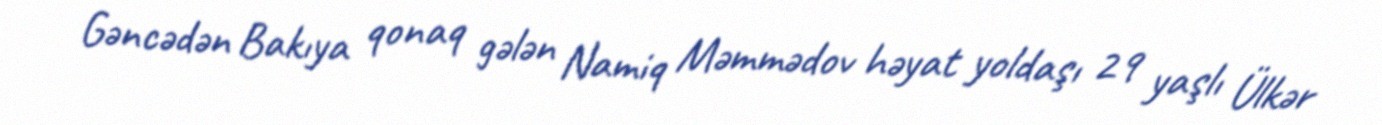
Gəncədən Bakıya qonaq gələn Namiq Məmmədov həyat yoldaşı 29 yaşlı Ülkər